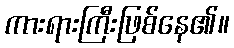
ကားရားကြီးဖြစ်နေ၏။